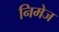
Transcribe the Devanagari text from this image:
निमेज